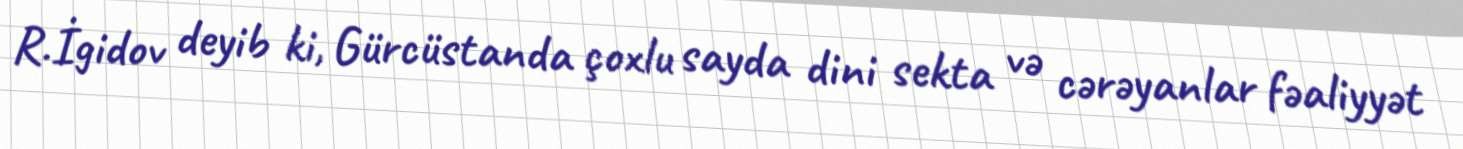
R.İgidov deyib ki, Gürcüstanda çoxlu sayda dini sekta və cərəyanlar fəaliyyət